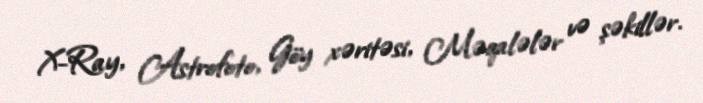
X-Ray, Astrofoto, Göy xəritəsi, Məqalələr və şəkillər.